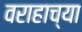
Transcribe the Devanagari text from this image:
वराहाच्या